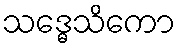
သဒ္ဓေသိကော